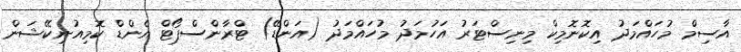
އާސިމް މުހައްމަދު އިކޮނޮމިކް މިނިސްޓަރު އަހުމަދު މުހައްމަދު (އަންޑޭ) ޓްރާންސްޕޯޓް އެންޑް ކޮމިއުނިކޭޝަން